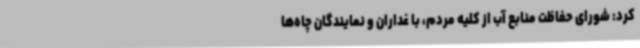
کرد: شورای حفاظت منابع آب از کلیه مردم، با غداران و نمایندگان چاه‌ها